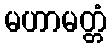
မဟာမတ္တံ